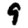
Digit: 9